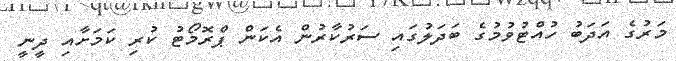
މަރުގެ އަދަބު ހުއްޓުވުމުގެ ބަދަލުގައި ސަރުކާރުން އެކަން ޕްރޮމޯޓު ކުރި ކަމަށާއި ދީނީ